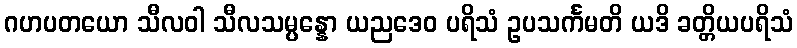
ဂဟပတယော သီလဝါ သီလသမ္ပန္နော ယညဒေဝ ပရိသံ ဥပသင်္ကမတိ ယဒိ ခတ္တိယပရိသံ